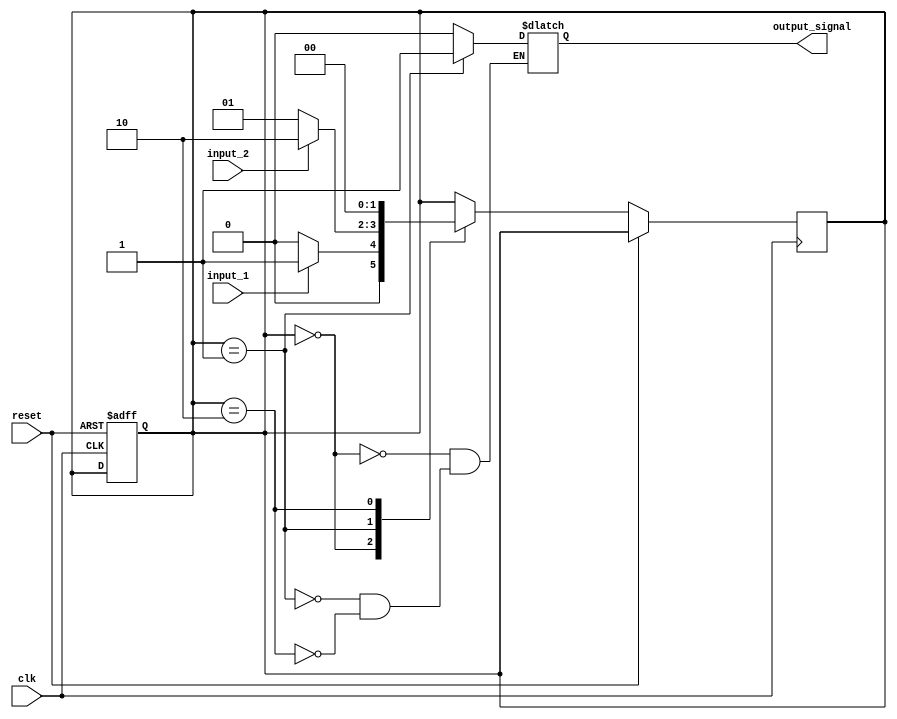
module fsm (
    input wire clk,
    input wire reset,
    input wire input_1,
    input wire input_2,
    output reg output_signal
);

// Define states
parameter State_A = 2'b00;
parameter State_B = 2'b01;
parameter State_C = 2'b10;
reg [1:0] current_state, next_state;

// Define transition rules
always @ (posedge clk or posedge reset) begin
    if (reset) begin
        current_state <= State_A;
    end else begin
        case (current_state)
            State_A: begin
                if (input_1) begin
                    next_state <= State_B;
                end else begin
                    next_state <= State_A;
                end
            end
            State_B: begin
                if (input_2) begin
                    next_state <= State_C;
                end else begin
                    next_state <= State_B;
                end
            end
            State_C: begin
                next_state <= State_A;
            end
        endcase
    end
end

// Define next state logic
always @ (*) begin
    current_state <= next_state;
end

// Define output signals
always @ (*) begin
    case (current_state)
        State_A: begin
            output_signal = 1'b0; // Action to be taken in State_A
        end
        State_B: begin
            output_signal = 1'b1; // Action to be taken in State_B
        end
        State_C: begin
            output_signal = 1'b0; // Action to be taken in State_C
        end
    endcase
end

endmodule